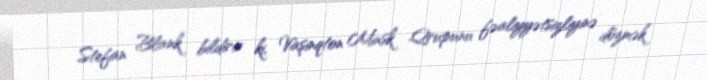
Stefan Blank bildirir ki, Vaşinqton Minsk Qrupunu fəaliyyətsizliyinə dözmək